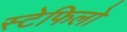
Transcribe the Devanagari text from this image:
स्टेफिलो